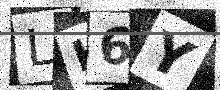
Text: LH6Y